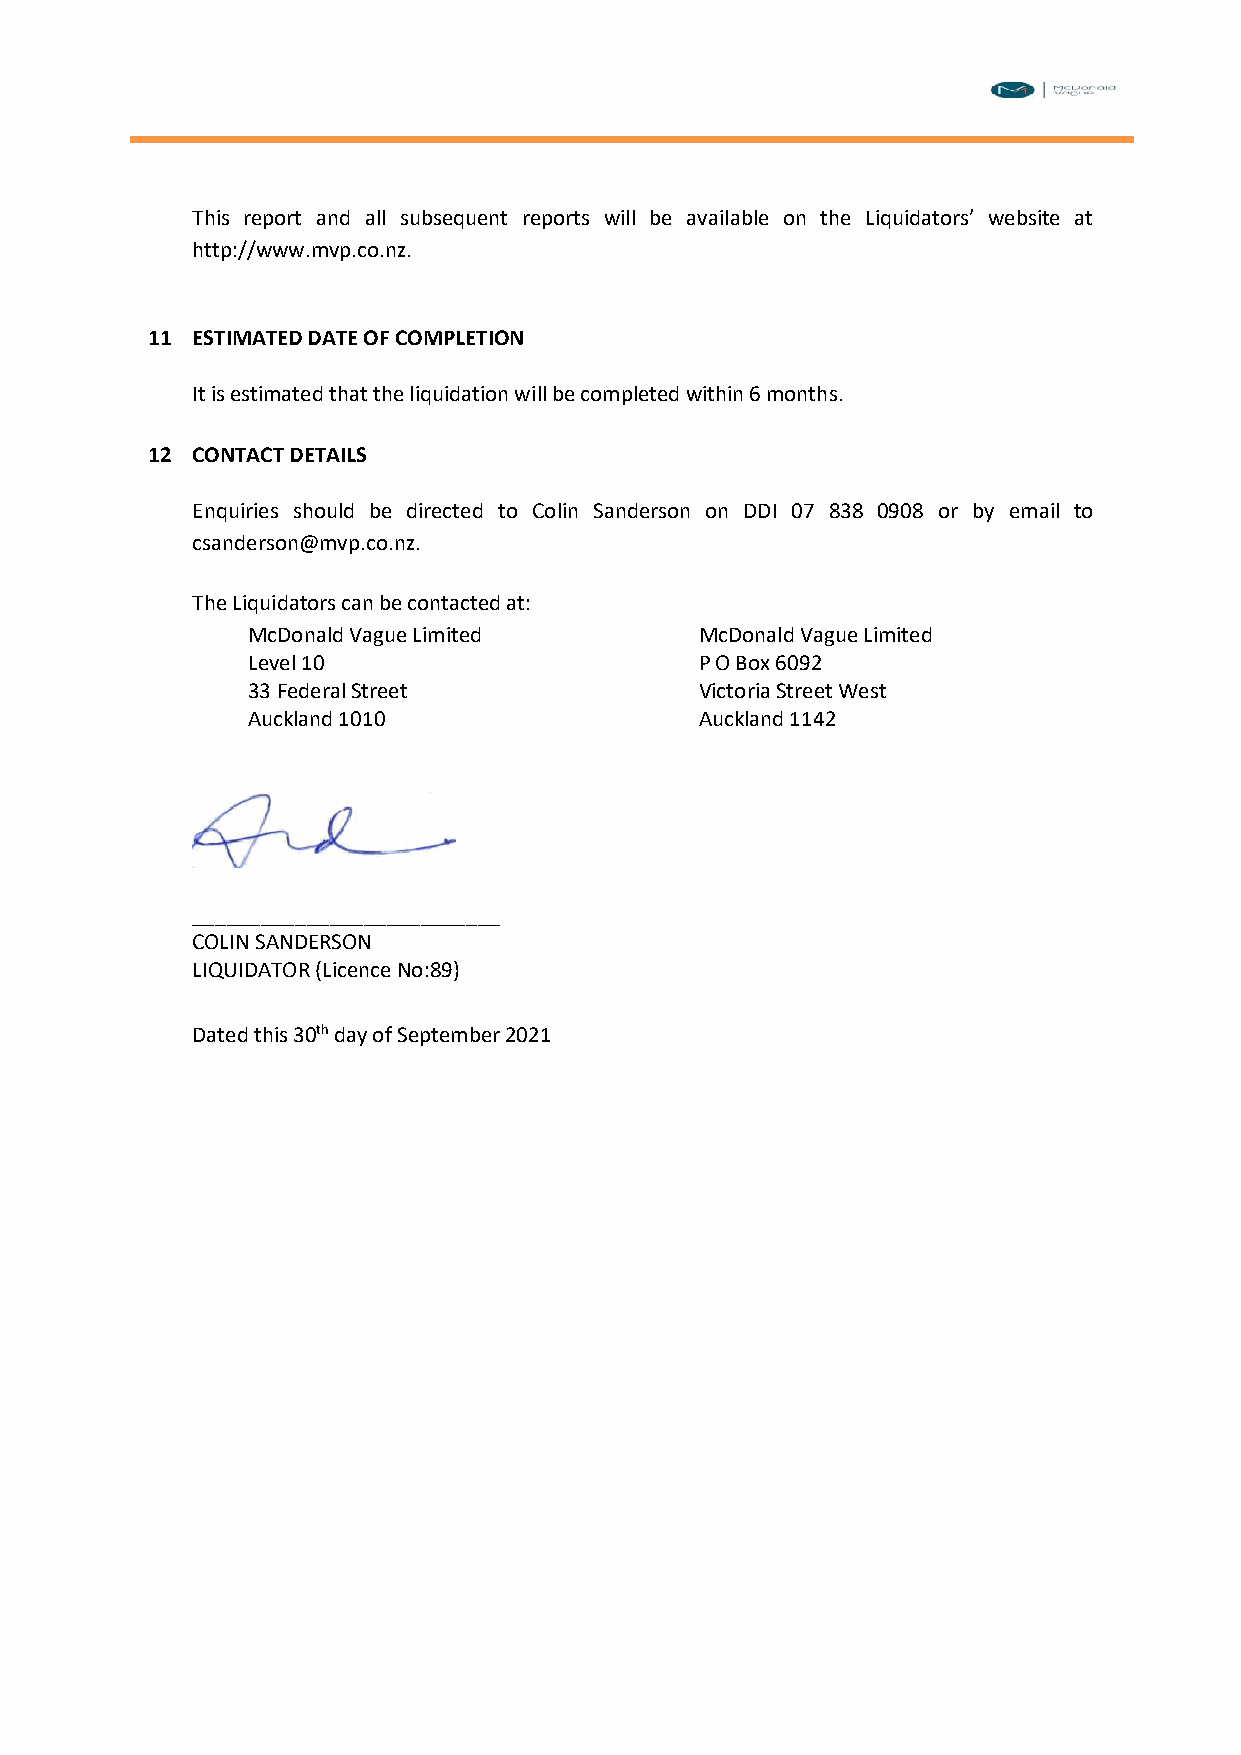
This report and all subsequent reports will be available on the Liquidators’ website at
 http://www.mvp.co.nz.
 11 ESTIMATED DATE OF COMPLETION
 It is estimated that the liquidation will be completed within 6 months.
 12 CONTACT DETAILS
 Enquiries should be directed to Colin Sanderson on DDI 07 838 0908 or by email to
 csanderson@mvp.co.nz.
 The Liquidators can be contacted at:
 McDonald Vague Limited        McDonald Vague Limited
 Level 10                      P O Box 6092
 33 Federal Street             Victoria Street West
 Auckland 1010                 Auckland 1142
 ___________________________
 COLIN SANDERSON
 LIQUIDATOR (Licence No:89)
 Dated this 30th day of September 2021